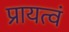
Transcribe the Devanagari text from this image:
प्रायत्वं